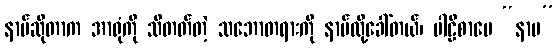
နာမ်ဆိုတာက အာရုံကို သိတတ်တဲ့ သဘောတရားကို နာမ်လို့ခေါ်တယ်၊ ပါဠိစာပေ “နာမ”